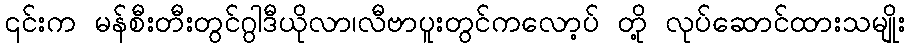
၎င်းက မန်စီးတီးတွင်ဂွါဒီယိုလာ၊လီဗာပူးတွင်ကလော့ပ် တို့ လုပ်ဆောင်ထားသမျိုး